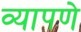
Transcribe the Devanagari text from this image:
व्यापणे